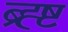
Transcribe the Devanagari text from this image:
ब्र्ह्ष्ट